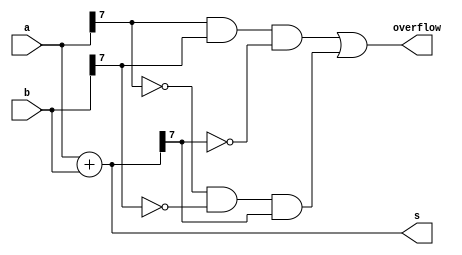
module top_module (
    input  wire [7:0] a,
    input  wire [7:0] b,
    output wire [7:0] s,
    output wire       overflow
);
                
    assign s = a + b;
    assign overflow = (a[7] & b[7] & ~s[7]) | (~a[7] & ~b[7] & s[7]);
    
endmodule